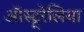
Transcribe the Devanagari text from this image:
ऑस्ट्र्रेलिया